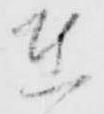
在